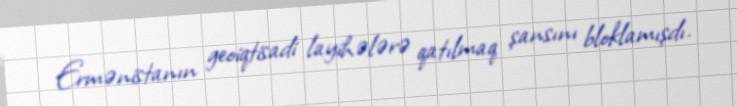
Ermənistanın geoiqtisadi layihələrə qatılmaq şansını bloklamışdı.